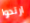
ارتدوا